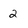
Character: 2